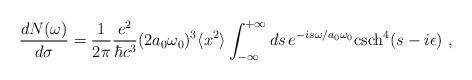
LaTeX: \begin{align*}\frac{dN(\omega)}{d\sigma}=\frac{1}{2\pi}\frac{e^2}{\hbar c^3}(2a_0\omega _0)^3\langle x^2\rangle\int _{-\infty}^{+\infty}ds\, e^{-is\omega/a_0\omega _0 }{\rm csch}^4 (s-i\epsilon)~,\end{align*}